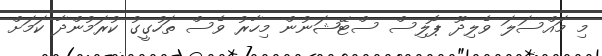
މި މައްސަލަ ވެލިދޫ ޕޮލިސް ސްޓޭޝަނުން މިހާރު ވެސް ތަހުގީގު ކުރަމުންދާ ކަމަށް